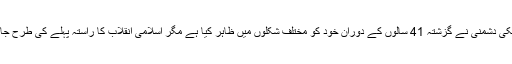
تہران میں منقدہ مرکزی ریلی سے خطاب کرتے ہوئے ایرانی صدر مملکت نے کہا ہے کہ امریکی دشمنی نے گزشتہ 41 سالوں کے دوران خود کو مختلف شکلوں میں ظاہر کیا ہے مگر اسلامی انقلاب کا راستہ پہلے کی طرح جاری ہے اور جاری رہے گا اور یقینا امریکہ ایرانی عوام کی عظمت کے سامنے ناکام ہوگیا ہے۔